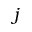
j